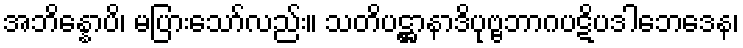
အဘိန္နောပိ၊ မပြားသော်လည်း။ သတိပဋ္ဌာနာဒိပုဗ္ဗဘာဂပဋိပဒါဘေဒေန၊